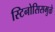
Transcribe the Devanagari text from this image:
स्टिनोसिसमुळे